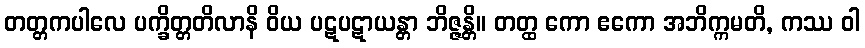
တတ္တကပါလေ ပက္ခိတ္တတိလာနိ ဝိယ ပဋပဋာယန္တာ ဘိဇ္ဇန္တိ။ တတ္ထ ကော ဧကော အဘိက္ကမတိ, ကဿ ဝါ